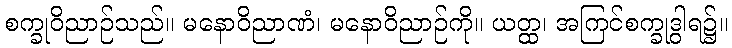
စက္ခုဝိညာဉ်သည်။ မနောဝိညာဏံ၊ မနောဝိညာဉ်ကို။ ယတ္ထ၊ အကြင်စက္ခုဒွါရ၌။